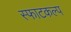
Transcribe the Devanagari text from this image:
स्फाटकल्प